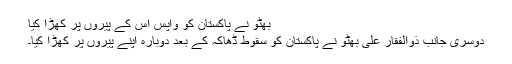
بھٹو نے پاکستان کو واپس اس کے پیروں پر کھڑا کیا
دوسری جانب ذوالفقار علی بھٹو نے پاکستان کو سقوط ڈھاکہ کے بعد دوبارہ اپنے پیروں پر کھڑا کیا۔